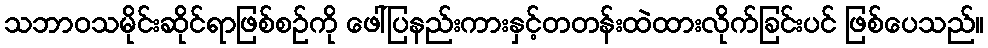
သဘာဝသမိုင်းဆိုင်ရာဖြစ်စဉ်ကို ဖေါ်ပြနည်းကားနှင့်တတန်းထဲထားလိုက်ခြင်းပင် ဖြစ်ပေသည်။